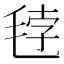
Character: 𰚘